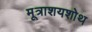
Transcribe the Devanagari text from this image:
मूत्राशयशोथ